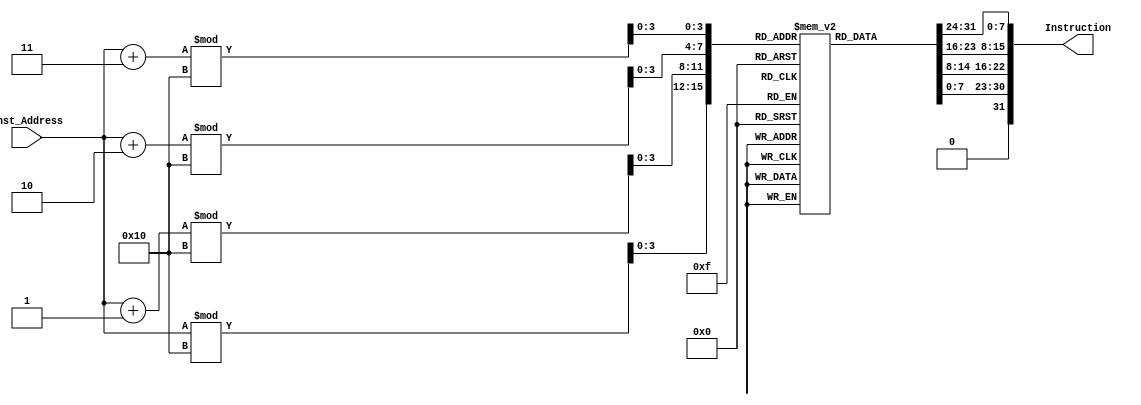
module Instruction_Memory(
input [63:0] Inst_Address,
output reg [31:0] Instruction
);
reg [7:0] InstructionMemory [15:0];

initial
begin
//add values to InstructionMemory
InstructionMemory[0] = 8'b10000011;
InstructionMemory[1] = 8'b00110100;
InstructionMemory[2] = 8'b00000101;
InstructionMemory[3] = 8'b00001111;
InstructionMemory[4] = 8'b10110011;
InstructionMemory[5] = 8'b10000100;
InstructionMemory[6] = 8'b10011010;
InstructionMemory[7] = 8'b00000000;
InstructionMemory[8] = 8'b10010011;
InstructionMemory[9] = 8'b10000100;
InstructionMemory[10] = 8'b00010100;
InstructionMemory[11] = 8'b00000000;
InstructionMemory[12] = 8'b00100011;
InstructionMemory[13] = 8'b00111000;
InstructionMemory[14] = 8'b10010101;
InstructionMemory[15] = 8'b00001110;
end

always @ (Inst_Address)
begin
  Instruction[7:0] = InstructionMemory[Inst_Address % 16];
  Instruction[15:8] = InstructionMemory[(Inst_Address + 1) % 16];
  Instruction[23:16] = InstructionMemory[(Inst_Address + 2) % 16];
  Instruction[31:23] = InstructionMemory[(Inst_Address + 3) % 16];
end

endmodule